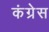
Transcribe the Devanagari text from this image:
कंग्रेस